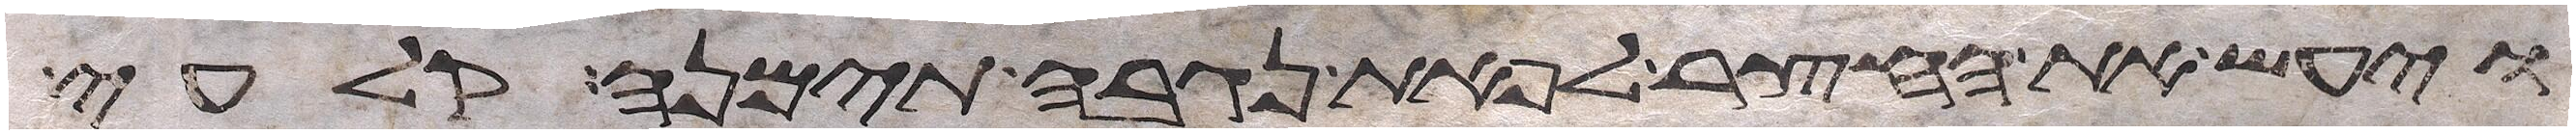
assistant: ויעש את החצר לפאת נגבה תימנה קלעי